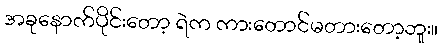
အခုနောက်ပိုင်းတော့ ရဲက ကားတောင်မတားတော့ဘူး။